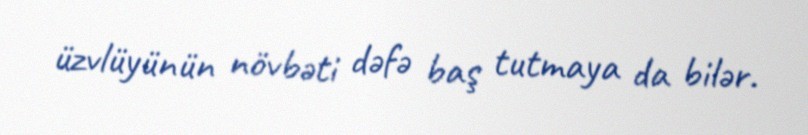
üzvlüyünün növbəti dəfə baş tutmaya da bilər.